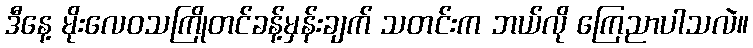
ဒီနေ့ မိုးလေဝသကြိုတင်ခန့်မှန်းချက် သတင်းက ဘယ်လို ကြေညာပါသလဲ။